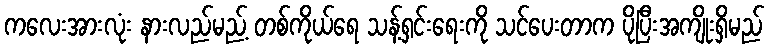
ကလေးအားလုံး နားလည်မည့် တစ်ကိုယ်ရေ သန့်ရှင်းရေးကို သင်ပေးတာက ပိုပြီးအကျိုးရှိမည်